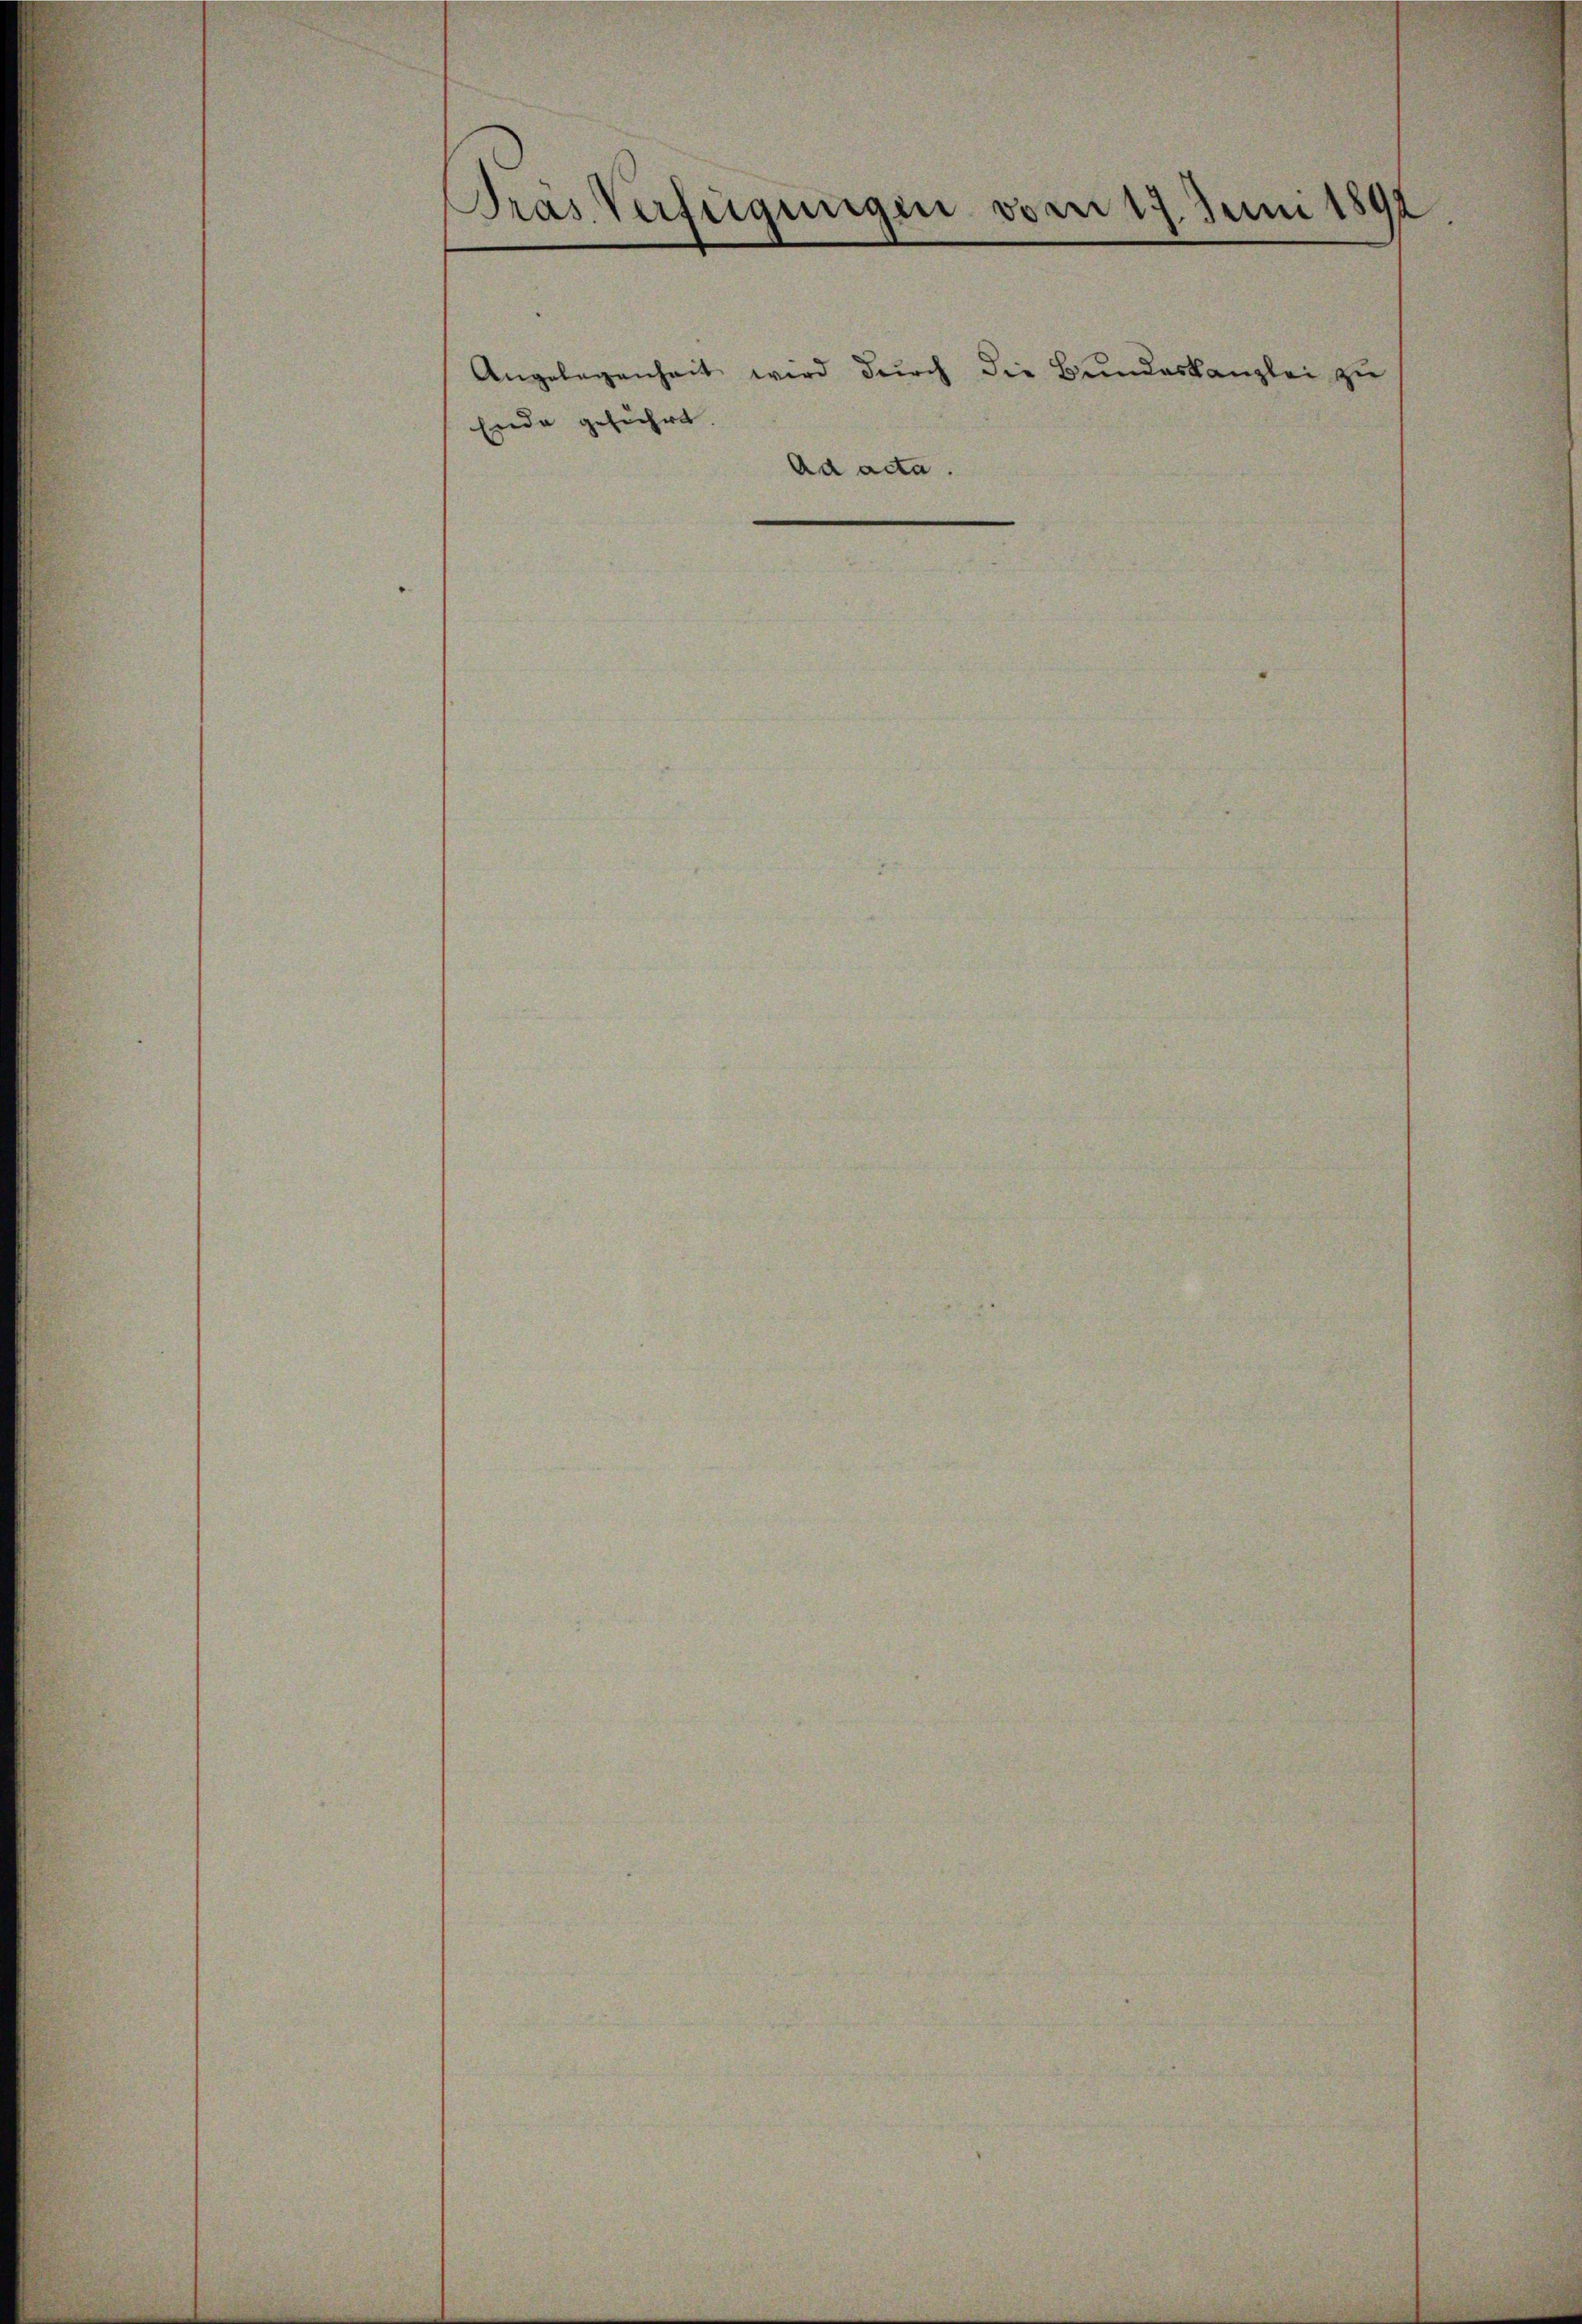
Pras Verfügungen vom 17. Juni 1892

Angelegenheit wird durch die Bundeskanzlei zu
Ende geführt
Ad acta.